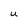
Character: U